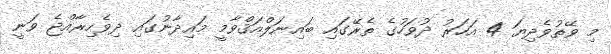
މި ވޭތުވެދިޔަ 4 އަހަރު ދުވަހުގެ ތެރޭގައި ބައިނަލްއަޤްވާމީ މައިދާނުގައި ދިވެހިރާއްޖެ ވަނީ